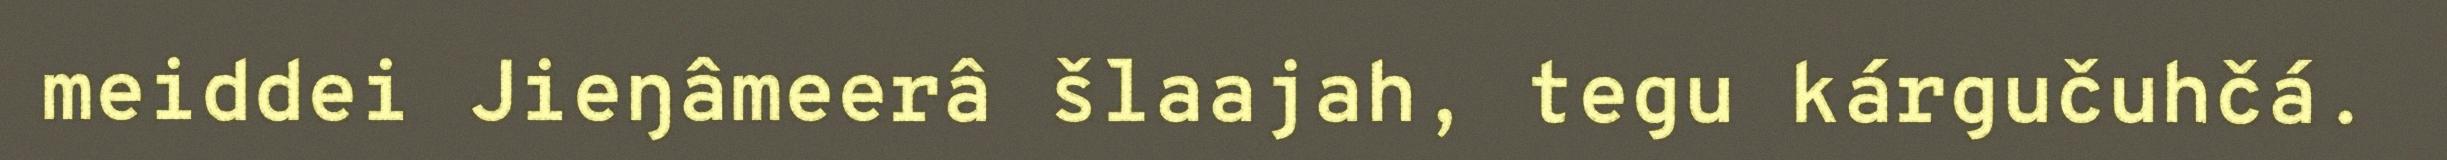
meiddei Jieŋâmeerâ šlaajah, tegu kárgučuhčá.